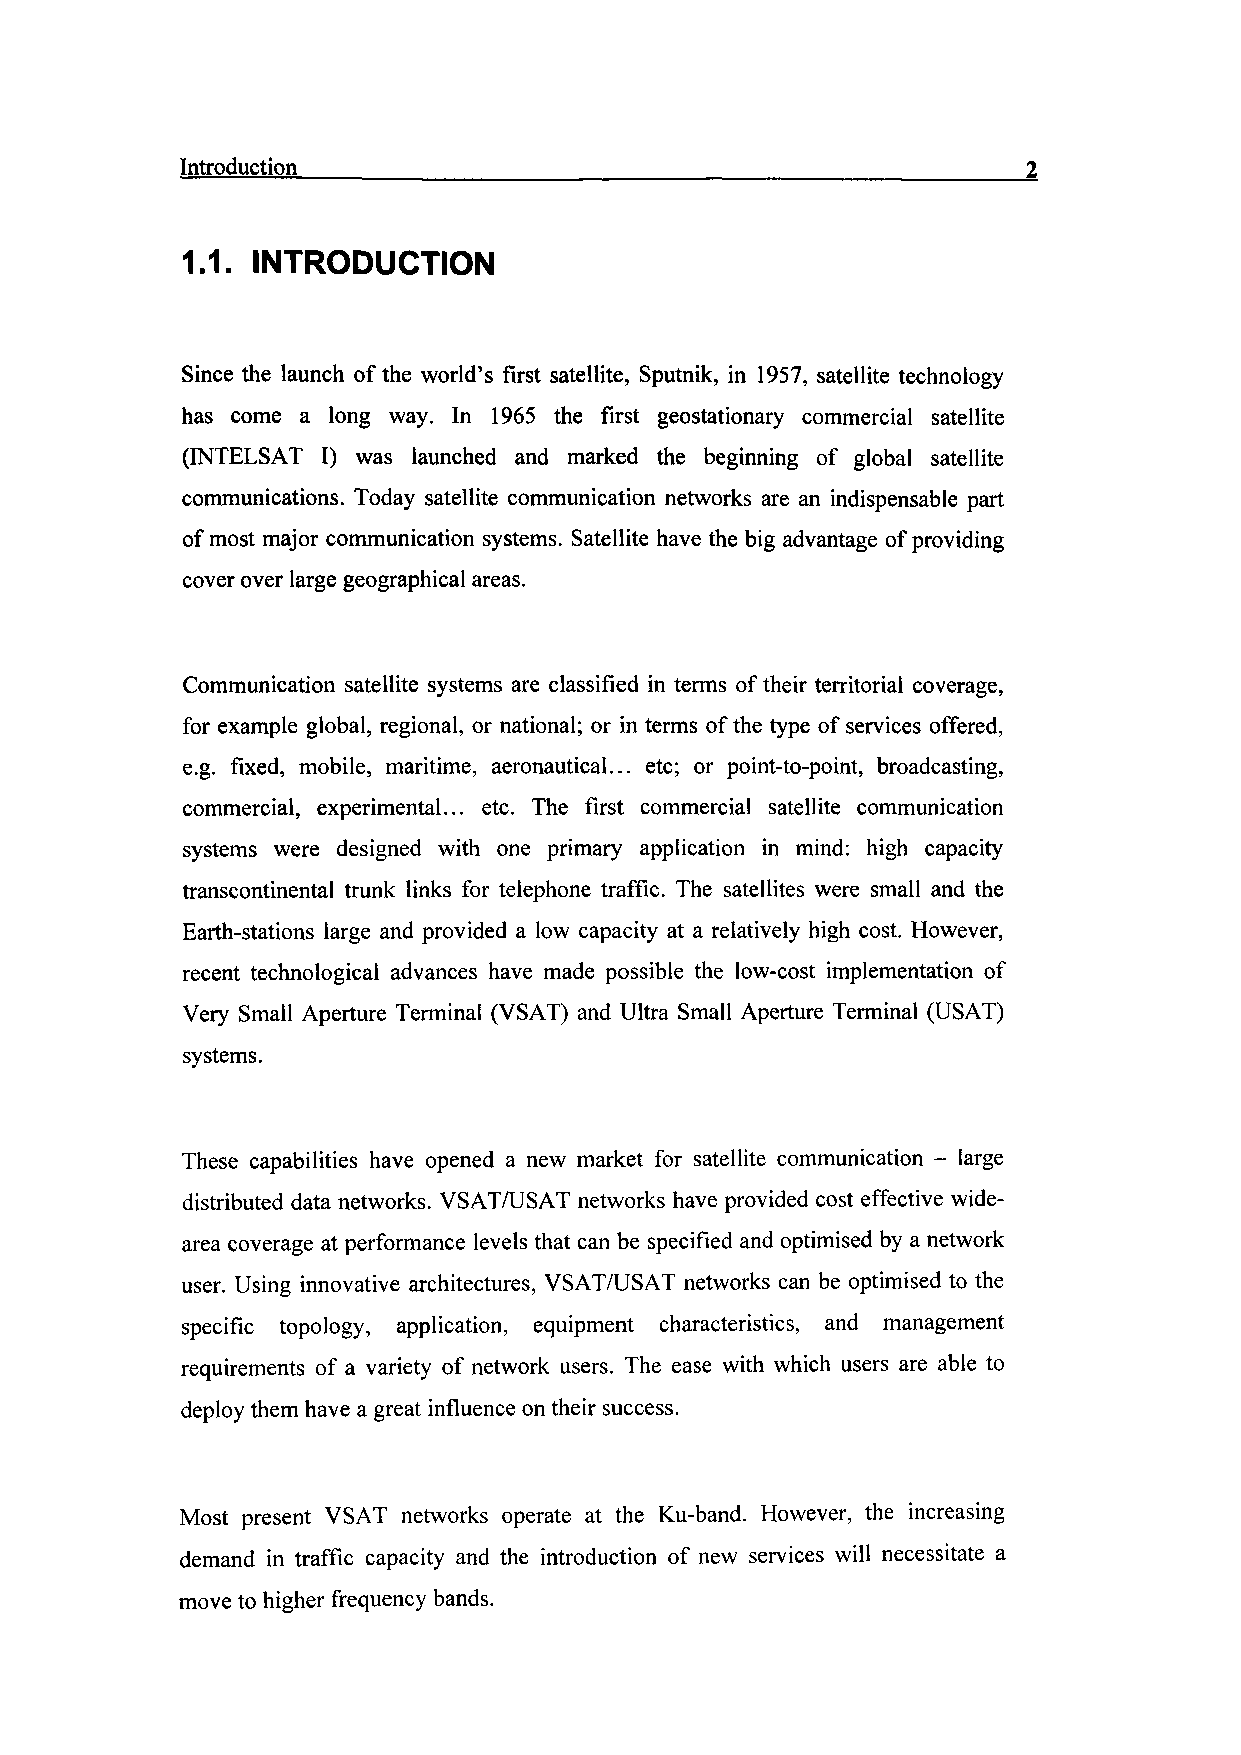
Introduction __________
 1.1. INTRODUCTION
 Since the launch of the world's first satellite, Sputnik, in 1957, satellite technology
 has come a long way. In 1965 the first geostationary commercial satellite
 (INTELSAT I) was launched and marked the beginning of global satellite
 communications. Today satellite communication networks are an indispensable part
 of most major communication systems. Satellite have the big advantage of providing
 cover over large geographical areas.
 Communication satellite systems are classified in terms of their territorial coverage,
 for example global, regional, or national; or in terms of the type of services offered,
 e.g. fixed, mobile, maritime, aeronautical... etc; or point-to-point, broadcasting,
 commercial, experimental... etc. The first commercial satellite communication
 systems were designed with one primary application in mind: high capacity
 transcontinental trunk links for telephone traffic. The satellites were small and the
 Earth-stations large and provided a low capacity at a relatively high cost. However,
 recent technological advances have made possible the low-cost implementation of
 Very Small Aperture Terminal (VSAT) and Ultra Small Aperture Terminal (USAT)
 systems.
 These capabilities have opened a new market for satellite communication - large
 distributed data networks. VSAT/USAT networks have provided cost effective wide-
 area coverage at performance levels that can be specified and optimised by a network
 user. Using innovative architectures, VSAT/USAT networks can be optimised to the
 specific topology, application, equipment characteristics, and management
 requirements of a variety of network users. The ease with which users are able to
 deploy them have a great influence on their success.
 Most present VSAT networks operate at the Ku-band. However, the increasing
 demand in traffic capacity and the introduction of new services will necessitate a
 move to higher frequency bands.